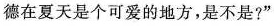
德在夏天是个可爱的地方，是不是?”